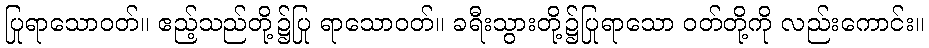
ပြုရာသောဝတ်။ ဧည့်သည်တို့၌ပြု ရာသောဝတ်။ ခရီးသွားတို့၌ပြုရာသော ဝတ်တို့ကို လည်းကောင်း။